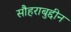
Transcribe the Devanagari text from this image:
सौहराबुद्दीन